Annual report on the working of the lock hospitals in the Central Provinces
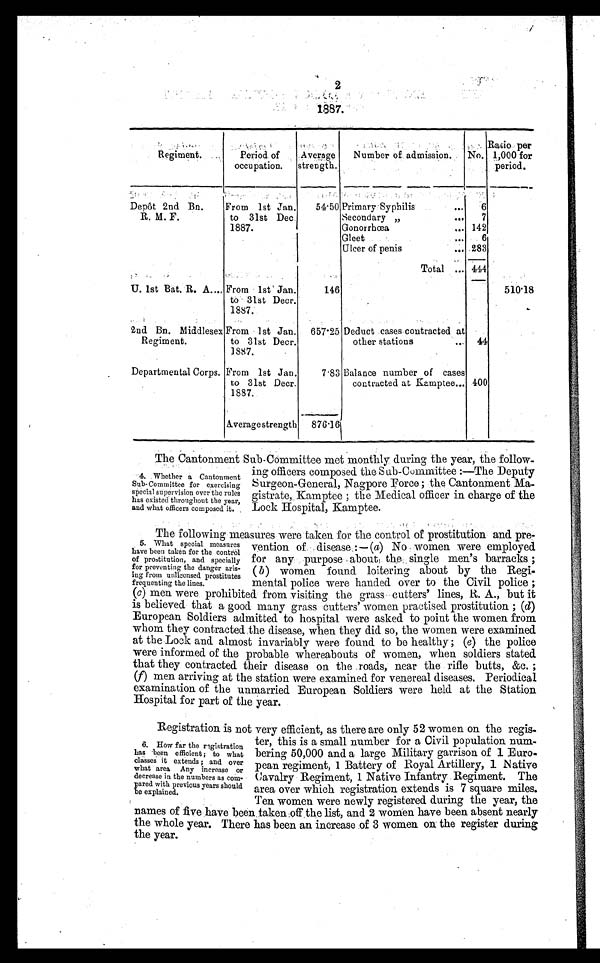
2
1887.
Regiment.
Period of
occupation.
Average
strength.
Number of admission. No.
Ratio per
1,000 for
period.
Depôt 2nd Bn.
R. M. F.
From 1st Jan.
to 31st Dec.
1887.
54·50 Primary Syphilis
...
6
Secondary „
...
7
Gonorrhœa
... 142
Gleet
...
6
Ulcer of penis
... 283
Total ... 444
U. 1st Bat. R. A ... From 1st Jan.
to 31st Decr.
1887.
146
510·18
2nd Bn. Middlesex
Regiment.
From 1st Jan.
to 31st Deer.
1887.
657·25 Deduct cases contracted at
other stations
... 44
Departmental Corps. From 1st Jan.
to 31st Decr.
1887.
7·83 Balance number of cases
contracted at Kamptee... 400
Average strength
876·16
The Cantonment Sub-Committee met monthly during the year, the follow.
ing officers composed the Sub-Committee :—The Deputy
Surgeon-General, Nagpore Force ; the Cantonment. Ma-
gistrate, Kamptee ; the Medical officer in charge of the
Lock Hospital, Kamptee.
The following measures were taken for the control of prostitution and pre-
vention of disease :— (a) No women were employed
for any purpose about, the single men's barracks ;
(b) women found loitering about by the Regi-
mental police were handed over to the Civil police ;
(c) men were prohibited from visiting the grass cutters' lines, R. A., but it
is believed that a good many grass cutters' women practised prostitution ; (d)
European Soldiers admitted to hospital were asked to point the women from
whom they contracted the disease, when they did so, the women were examined
at the Lock and almost invariably were found to be healthy ; (e) the police
were informed of the probable whereabouts of women, when soldiers stated
that they contracted their disease on the roads, near the rifle butts, &amp;c. ;
(f) men arriving at the station were examined for venereal diseases. Periodical
examination of the unmarried European Soldiers were held at the Station
Hospital for part of the year.
Registration is not very efficient, as there are only 52 women on the regis-
ter, this is a small number for a Civil population num-
bering 50,000 and a large Military garrison of 1 Euro-
pean regiment, 1 Battery of Royal Artillery, 1 Native
Cavalry Regiment, 1 Native Infantry Regiment. The
area over which registration extends is 7 square miles.
Ten women were newly registered during the year, the
names of five have been, taken off the list, and 2 women have been absent nearly
the whole year. There has been an increase of 3 women on the register during
the year.
4. Whether a Cantonment
Sub- Committee for exercising
special supervision over the rules
has existed throughout the year,
and what officers composed it.
5. What special measures
have been taken for the centrol
of prostitution, and specially
for preventing the danger aris-
ing from unlicensed prostitutes
frequenting the lines.
6. How far the registration
has -been efficient; to what
classes it extends ; and over
what area Any increase or
decrease in the numbers as com-
pared with previous years should
be explained.